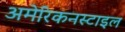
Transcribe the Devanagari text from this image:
अमेरिकनस्टाइल